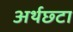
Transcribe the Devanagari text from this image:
अर्थछ्टा